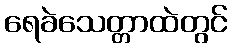
ရေခဲသေတ္တာထဲတွင်